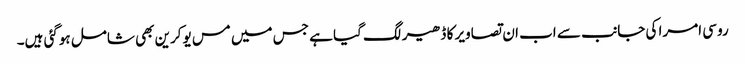
روسی امرا کی جانب سے اب ان تصاویر کا ڈھیر لگ گیا ہے جس میں مس یوکرین بھی شامل ہوگئی ہیں۔